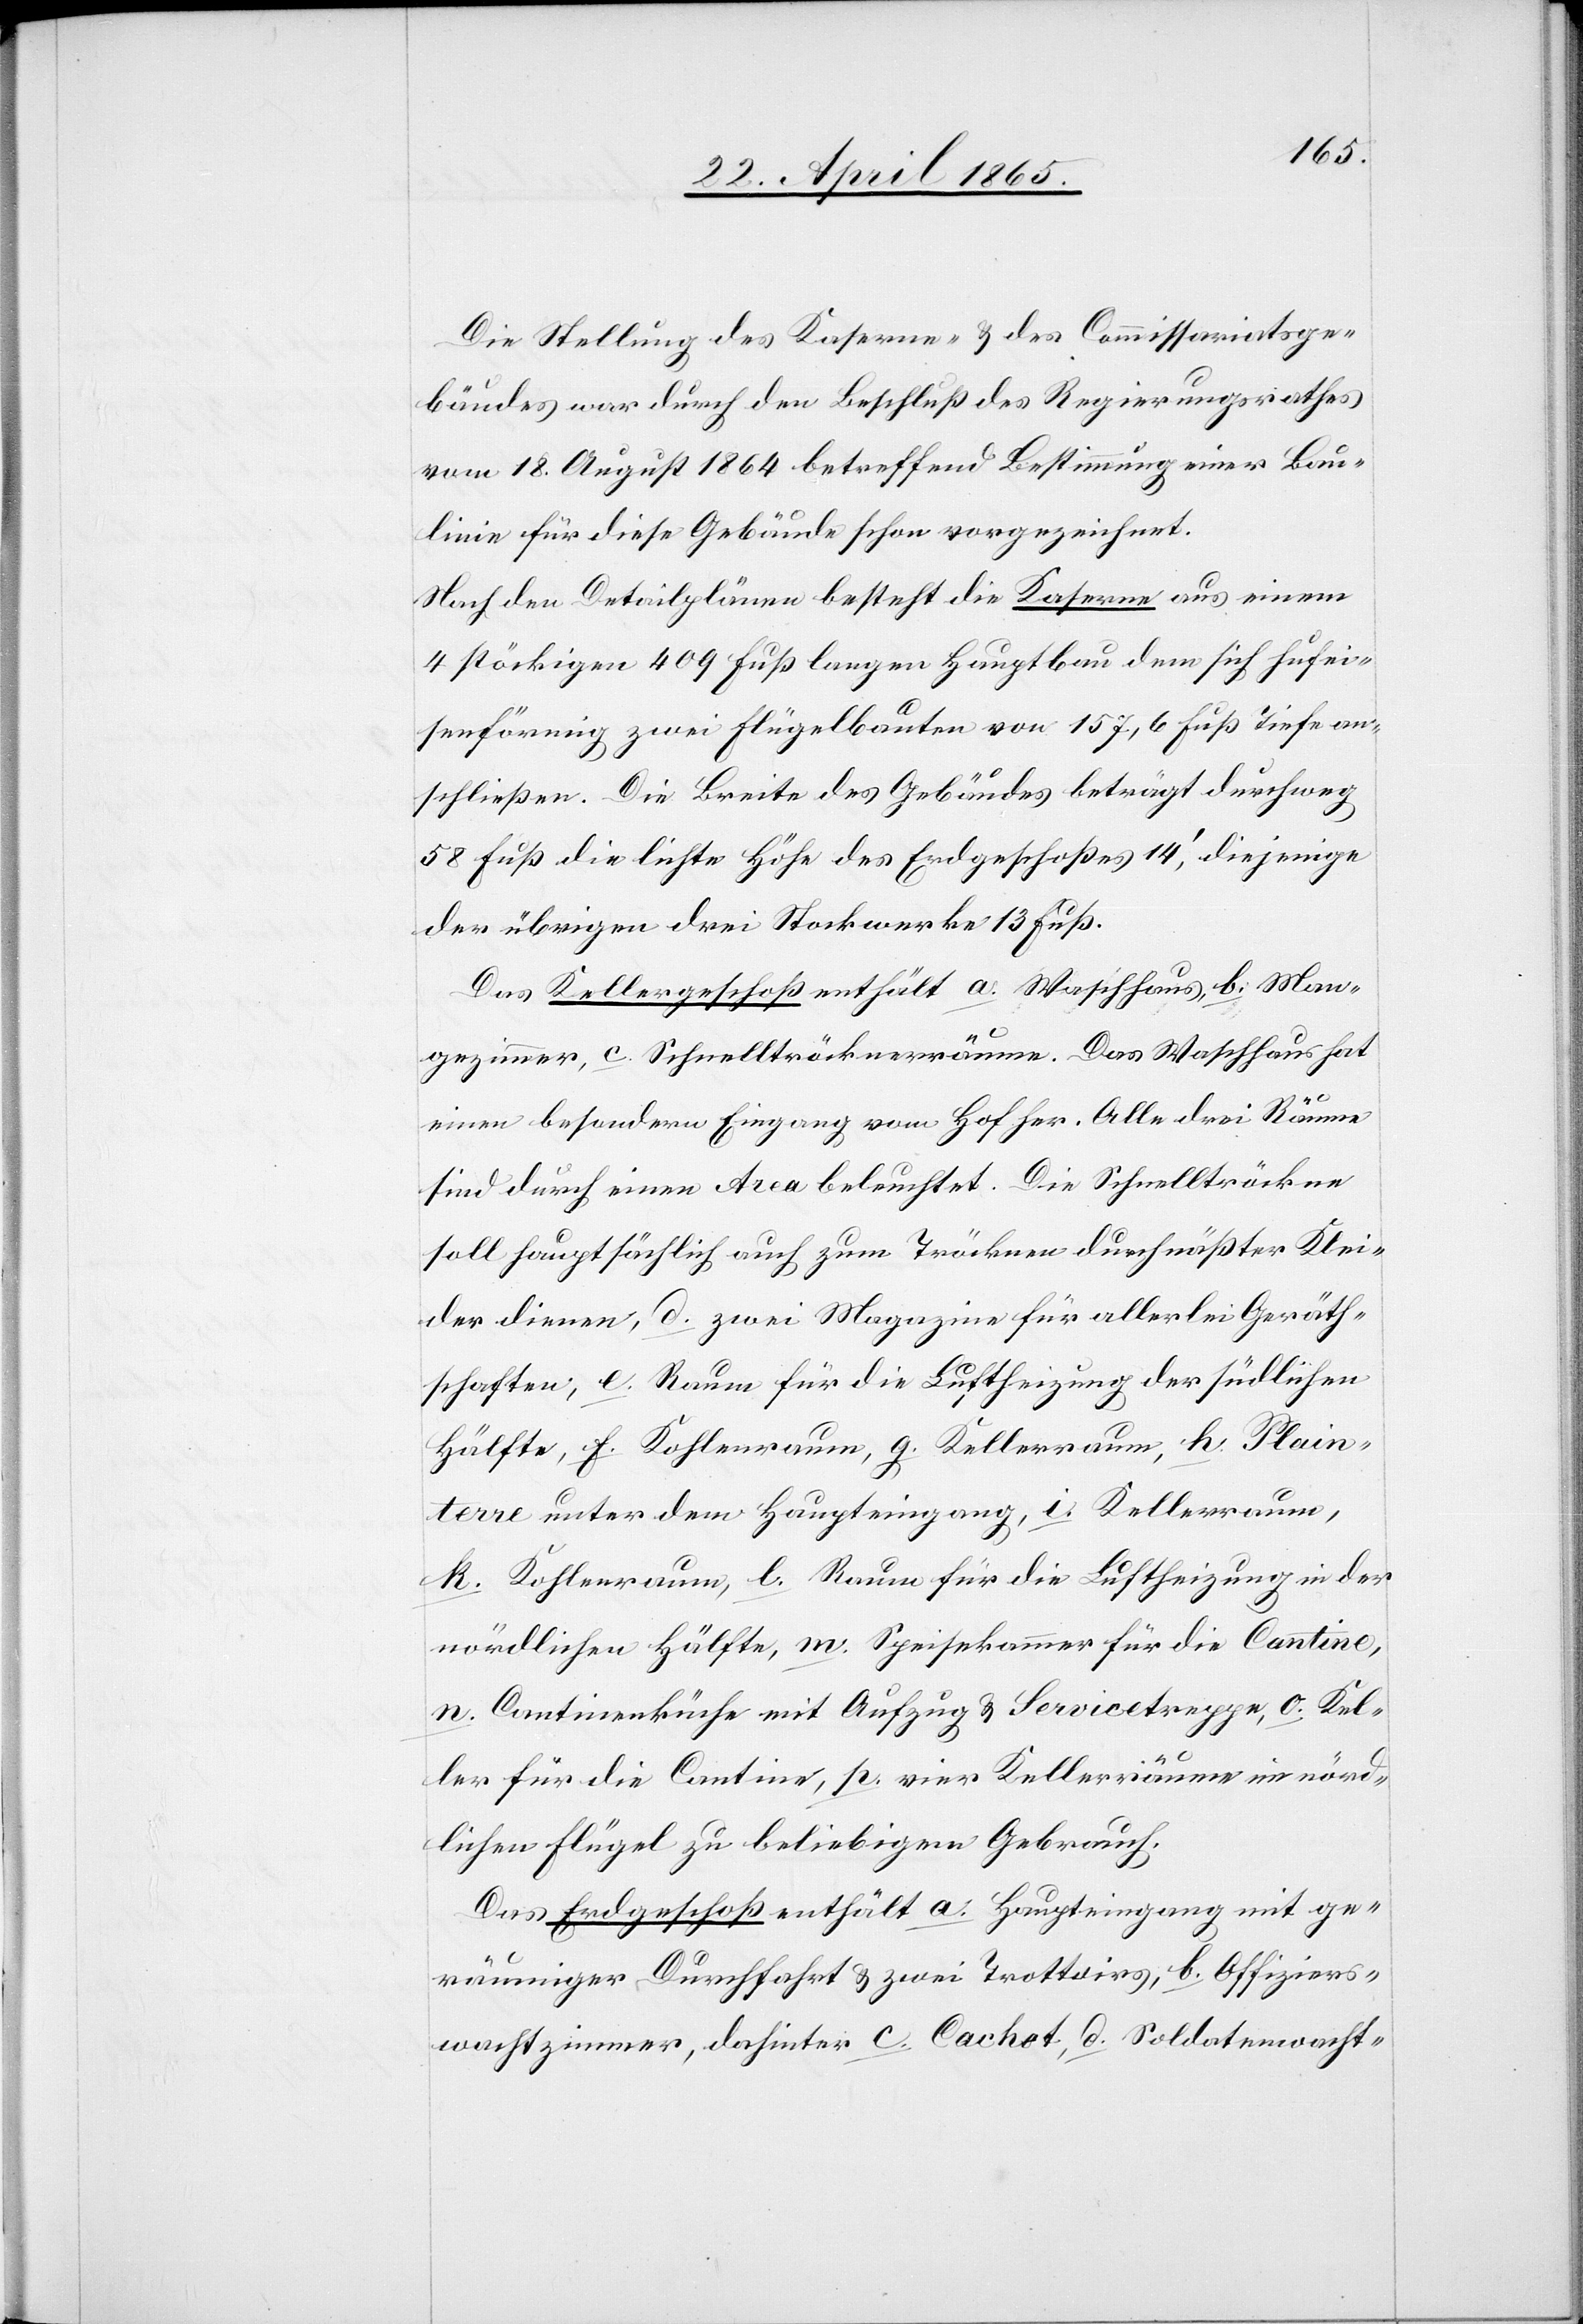
Die Stellung des Kaserne- & des Commissariatsge¬
bäudes war durch den Beschluß des Regierungsrathes
vom 18. August 1864 betreffend Bestimmung einer Bau¬
linie für diese Gebäude schon vorgezeichnet.
Nach den Detailplänen besteht die Kaserne aus einem
4 stöckigen 409 Fuß langen Hauptbau dem sch hufei¬
senförmig zwei Flügelbauten von 157,6 Fuß Tiefe an¬
schließen. Die Breite des Gebäudes beträgt durchweg
58 Fuß die lichte Höhe des Erdgeschoßes 14’, diejenige
der übrigen drei Stockwerke 13 Fuß.
Das Kellergeschoß enthält a. Waschhaus, b. Man¬
gezimmer, c. Schnelltröcknerräume. Das Waschhaus hat
einen besondern Eingang vom Hof her. Alle drei Räume
sind durch einen Area beleuchtet. Die Schnelltröckne
soll hauptsächlich auch zum Tröcknen durchnäßter Klei¬
der dienen, d. zwei Magazine für allerlei Geräth¬
schaften, e. Raum für die Luftheizung der südlichen
Hälfte, f. Kohlenraum, g. Kellerraum, h. Plain¬
terre unter dem Haupteingang, i. Kellerraum,
k. Kohlenraum, l. Raum für die Luftheizung in der
nördlichen Hälfte, m. Speisekammer für die Cantine,
n. Cantinenküche mit Aufzug & Servicetreppe, o. Kel¬
ler für die Cantine, p. vier Kellerriäume [sic!] im nörd¬
lichen Flügel zu beliebigem Gebrauch.
Das Erdgeschoß enthält a. Haupteingang mit ge¬
räumiger Durchfahrt & zwei Trottoirs, b. Offiziers¬
wachtzimmer, dahinter c. Cachet, d. Soldatenwacht-